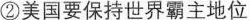
②美国要保持世界霸主地位